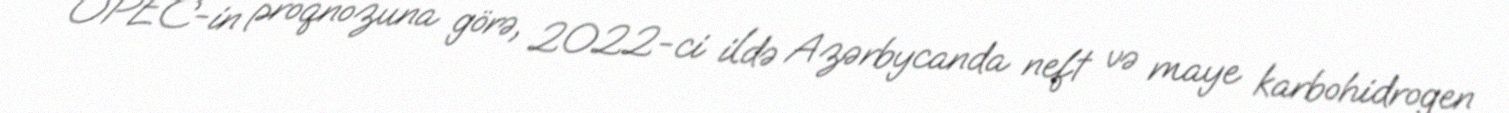
OPEC-in proqnozuna görə, 2022-ci ildə Azərbycanda neft və maye karbohidrogen